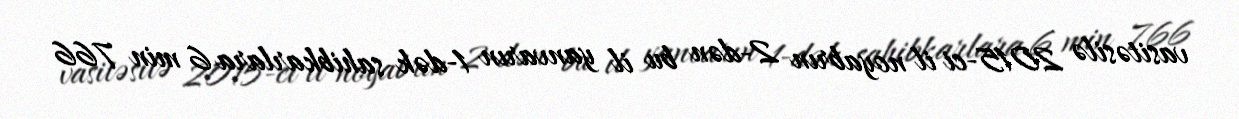
vasitəsilə 2015-ci il noyabrın 2-dən bu il yanvarın 1-dək sahibkarlara 6 min 766